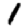
Digit: 1